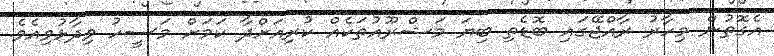
އެގޮތުން މިހާރު ރާއްޖޭގައި ބޮޑެތި ބިޔަ މަޝްރޫއުތަކެއް ކުރިއަށްދާ ކަމަށް މަސީހު ވިދާޅުވިއެވެ.